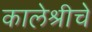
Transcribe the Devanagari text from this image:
कालेश्रीचे